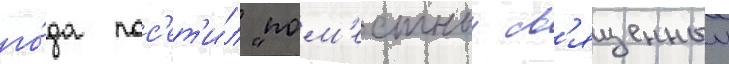
го́да пос'ет'и́л "пом'естныи св'ященныи